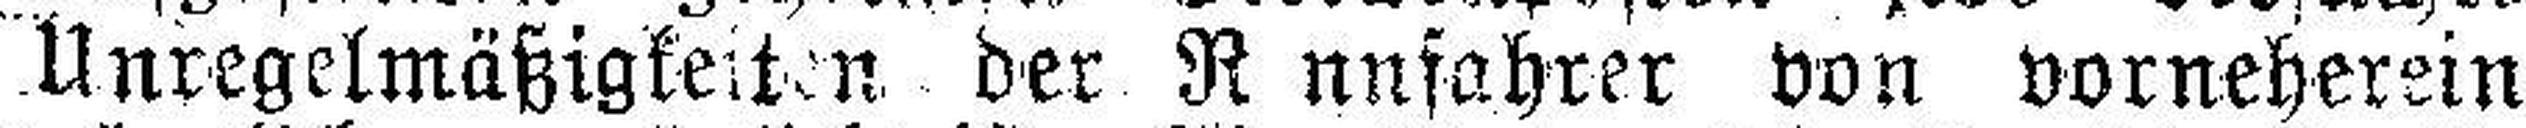
Unregelmäßigkeiten der R nnfahrer von vorneherein